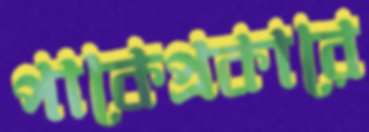
পাকেপ্রকারে